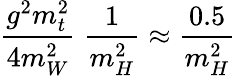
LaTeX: \frac{g^{2}m_{t}^{2}}{4m_{W}^{2}}\; \frac{1}{m_{H}^{2}}\approx\frac{0.5}{m_{H}^{2}}